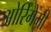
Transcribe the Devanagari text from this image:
ओरिगेमी